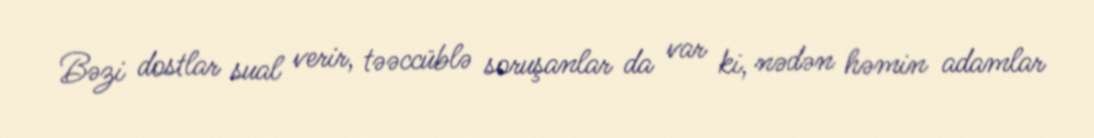
Bəzi dostlar sual verir, təəccüblə soruşanlar da var ki, nədən həmin adamlar